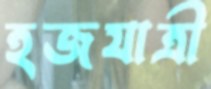
হজযাত্রী